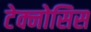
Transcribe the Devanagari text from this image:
टेक्नोसिस